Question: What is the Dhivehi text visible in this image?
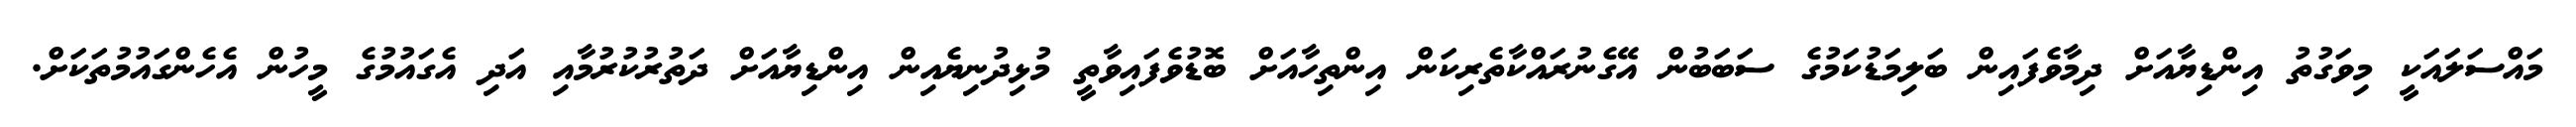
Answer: މައްސަލައަކީ މިވަގުތު އިންޑިޔާއަށް ދިމާވެފައިން ބަލިމަޑުކަމުގެ ސަބަބުން އޭގެނުރައްކާތެރިކަން އިންތިހާއަށް ބޮޑުވެފައިވާތީ މުޅިދުނިޔެއިން އިންޑިޔާއަށް ދަތުރުކުރުމާއި އަދި އެގައުމުގެ މީހުން އެހެންގައުމުތަކަށް.